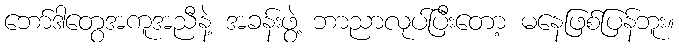
ဘော်ဒါတွေအကူအညီနဲ့ အခန်းဖွဲ့ ဘာညာလုပ်ပြီးတော့ မနေဖြစ်ပြန်ဘူး။